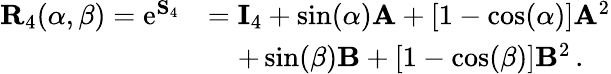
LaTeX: \begin{array}{rl}{\mathbf{R}_{4}(\alpha,\beta)=\mathrm{e}^{\mathbf{S}_{4}}}&{=\mathbf{I}_{4}+\sin(\alpha)\mathbf{A}+[1-\cos(\alpha)]\mathbf{A}^{2}}\\ &{\mathrel{\phantom{=}}+\sin(\beta)\mathbf{B}+[1-\cos(\beta)]\mathbf{B}^{2}\, .}\end{array}